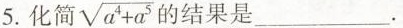
5.化简$$\sqrt { a ^ { 4 } + a ^ { 5 } }$$结果是___.